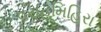
વરાહમિહિરા